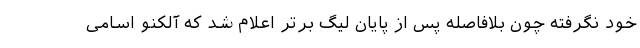
خود نگرفته چون بلافاصله پس از پایان لیگ برتر اعلام شد که آلکنو اسامی